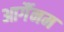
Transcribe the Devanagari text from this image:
आर्गैनम